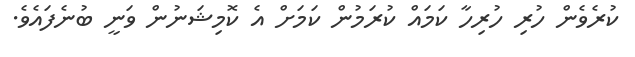
ކުރެވެން ހުރި ހުރިހާ ކަމައް ކުރަމުން ކަމަށް އެ ކޮމިޝަނުން ވަނީ ބުނެފައެވެ.